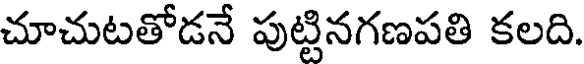
చూచుటతోడనే పుట్టినగణపతి కలది.